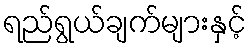
ရည်ရွယ်ချက်များနှင့်